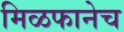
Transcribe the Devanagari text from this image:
मिळफानेच